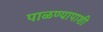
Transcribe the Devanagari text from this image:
पाळण्यापाशी